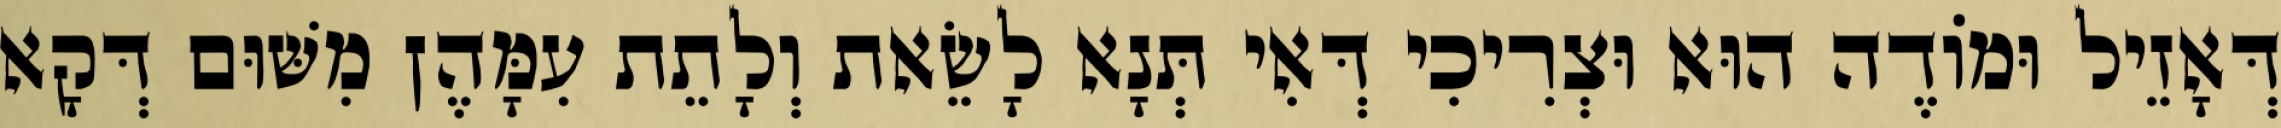
דְּאָזֵיל וּמוֹדֶה הוּא וּצְרִיכִי דְּאִי תְּנָא לָשֵׂאת וְלָתֵת עִמָּהֶן מִשּׁוּם דְּקָא